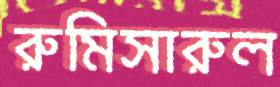
রুমিসারুল